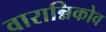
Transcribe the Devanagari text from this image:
वारान्निकोव